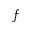
f